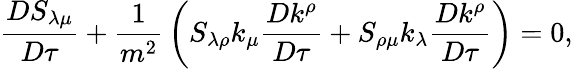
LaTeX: {\frac{DS_{\lambda\mu}}{D\tau}}+{\frac{1}{m^{2}}}\left(S_{\lambda\rho}k_{\mu}{\frac{Dk^{\rho}}{D\tau}}+S_{\rho\mu}k_{\lambda}{\frac{Dk^{\rho}}{D\tau}}\right)=0,